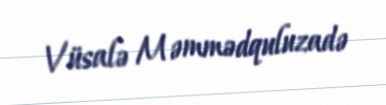
Vüsalə Məmmədquluzadə